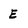
Character: E